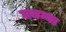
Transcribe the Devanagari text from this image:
घमन्या